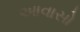
આવાસો